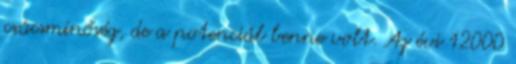
csúcsminőség, de a potenciál benne volt. Az évi 12000